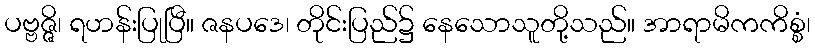
ပဗ္ဗဇ္ဇိ၊ ရဟန်းပြုပြီ။ ဇနပဒေ၊ တိုင်းပြည်၌ နေသောသူတို့သည်။ အာရာမိကကိစ္စံ၊